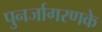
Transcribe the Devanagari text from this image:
पुनर्जागरणके